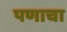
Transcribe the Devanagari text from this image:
पणाचा